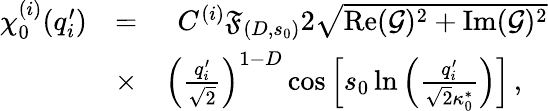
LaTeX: \begin{array}{rlr}{\chi_{0}^{(i)}(q_{i}^{\prime})}&{=}&{C^{(i)}\mathfrak{F}_{(D,s_{0})}2\sqrt{\operatorname{Re}(\mathcal{G})^{2}+\operatorname{Im}(\mathcal{G})^{2}}}\\ &{\times}&{\left(\frac{q_{i}^{\prime}}{\sqrt{2}}\right)^{1-D}\cos\left[s_{0}\ln\left(\frac{q_{i}^{\prime}}{\sqrt{2}\kappa_{0}^{*}}\right)\right]\, ,\ \ \ }\end{array}